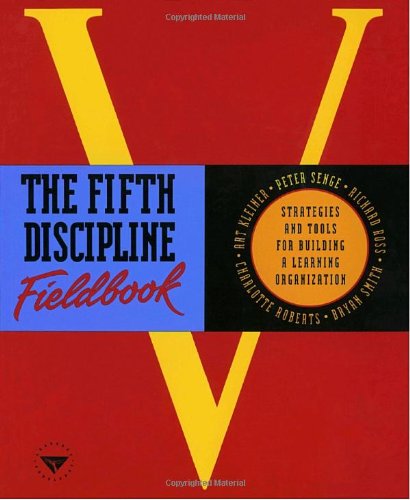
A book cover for The Fifth Discipline Fieldbook: Strategies and Tools for Building a Learning Organization; Peter M. Senge; Business & Money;